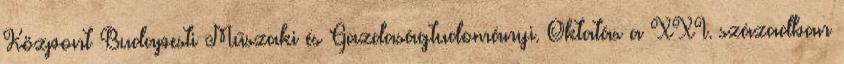
Központ Budapesti Műszaki és Gazdaságtudományi. Oktatás a XXI. században